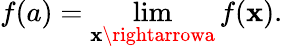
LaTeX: f(a)=\operatorname*{lim}_{\mathbf{x}\rightarrowa}f(\mathbf{x}).